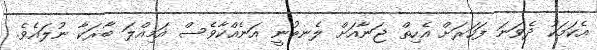
އެކަމަކު ދެވަނަ ފަހަރަށް އެހިތް ޖަނާއަށް ލެނބުނީ އަނެއްކާވެސް އަމިއްލަ ބާރަކާ ނުލައެވެ.